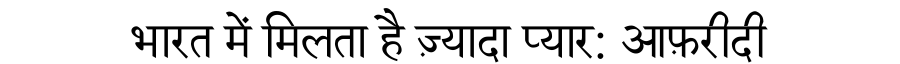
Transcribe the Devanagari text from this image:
भारत में मिलता है ज़्यादा प्यार: आफ़रीदी